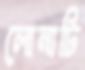
লোনাটি